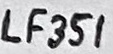
Text: LF351